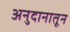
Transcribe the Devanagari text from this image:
अनुदानातून